Report on the working of the mental hospitals for Indians in Bihar and Orissa - 1925-1929
Year: 1925
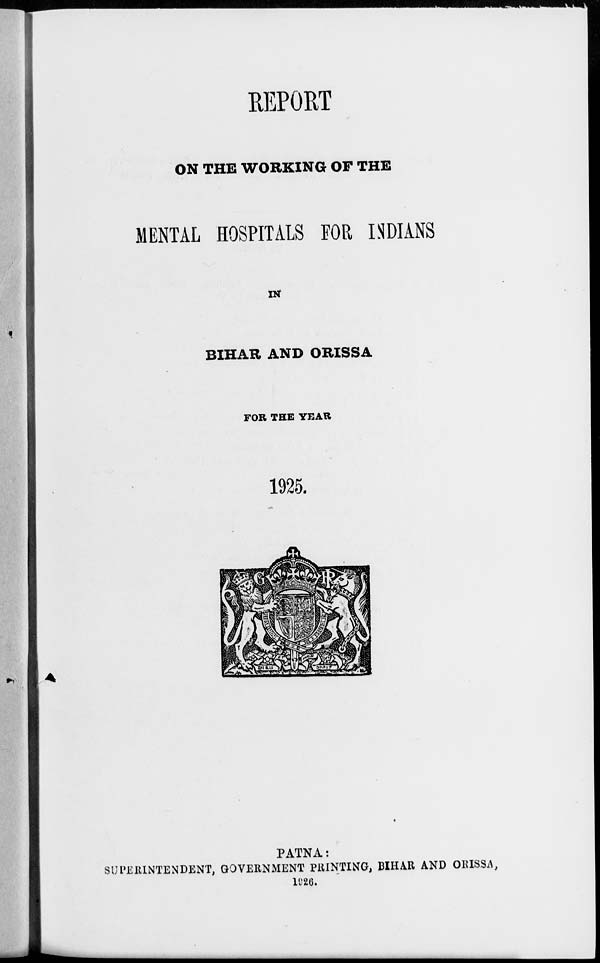
REPORT
ON THE WORKING OF THE
MENTAL HOSPITALS FOR INDIANS
IN
BIHAR AND ORISSA
FOR THE YEAR
1925.
PATNA:
SUPERINTENDENT, GOVERNMENT PRINTING, BIHAR AND ORISSA,
1926.